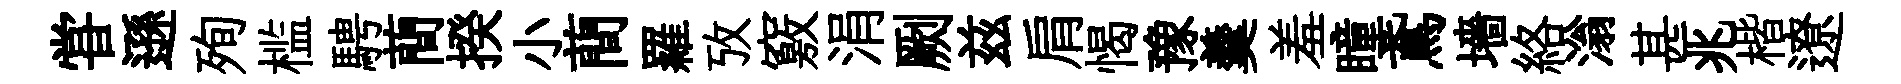
甞遜殉槛騁蕳揆小蕳羅攷竅涓劂兹肩愒豫羹羞瞳鳶墻絡滃甚兆楷遼